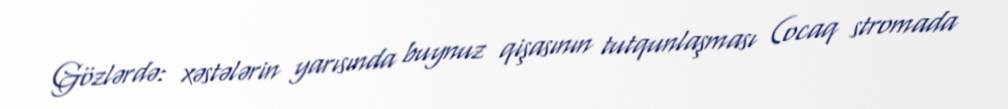
Gözlərdə: xəstələrin yarısında buynuz qişasının tutqunlaşması (ocaq stromada